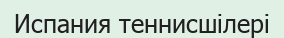
Испания теннисшілері